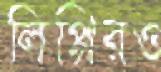
লিপ্পিরও